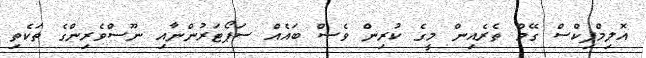
އޮލިމްޕިކްސް ގޭމް ތެރެއިން މީގެ ކުރިން ވެސް ބައެއް ސަޕޯޓަރުންނާއި ނޫސްވެރިންގެ ތަކެތި